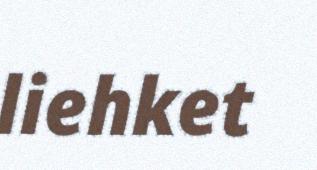
liehket